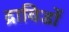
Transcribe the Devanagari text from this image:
द्राविडों